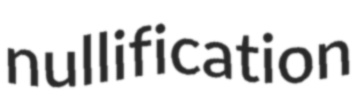
nullification